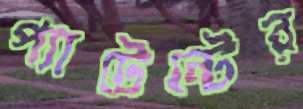
প্যাটেন্টের